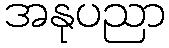
အနုပညာ